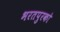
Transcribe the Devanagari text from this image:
भरतपुरको